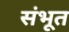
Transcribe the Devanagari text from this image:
संभूत